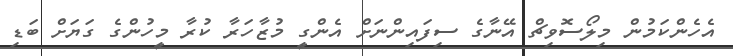
އެެހެންކަމުން މިލޯސޮވިޗް އޭނާގެ ސިފައިންނަށް އެންގީ މުޒާހަރާ ކުރާ މީހުންގެ ގަޔަށް ބަޑި